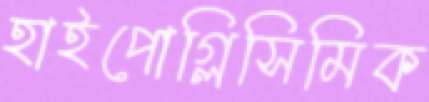
হাইপোগ্লিসিমিক